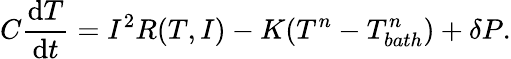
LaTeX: C\frac{\mathrm{d}T}{\mathrm{d}t}=I^{2}R(T,I)-K(T^{n}-T_{bath}^{n})+\delta P.